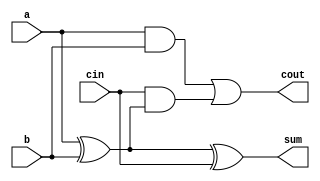
module fa_1
(
    input a,
    input b,
    input cin,
    output sum,
    output cout
);

assign sum = a ^ b ^ cin;
assign cout = (a & b) | (cin & (a ^ b));

endmodule